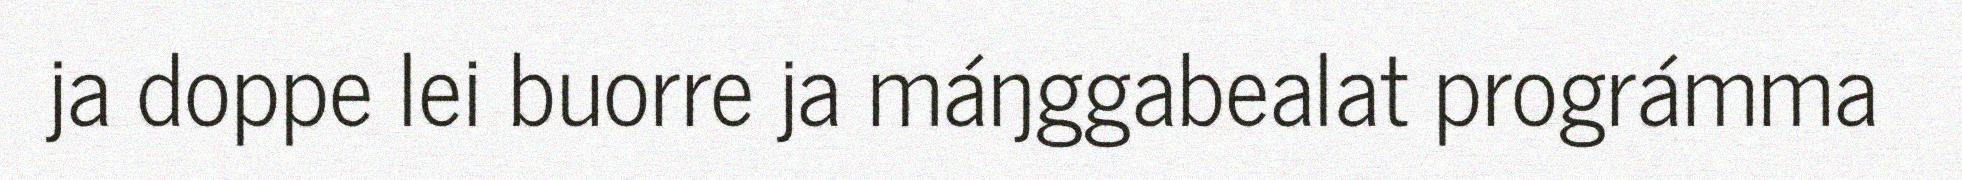
ja doppe lei buorre ja máŋggabealat prográmma